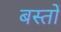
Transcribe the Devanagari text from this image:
बस्तों